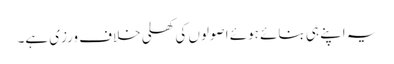
یہ اپنے ہی بنائے ہوئے اصولوں کی کھلی خلاف ورزی ہے۔